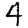
Digit: 4